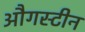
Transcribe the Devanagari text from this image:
औगस्टीन